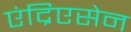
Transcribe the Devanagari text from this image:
एंद्रिएसेन